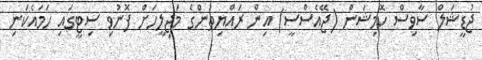
ޖުޑީޝަލް ސާވިސް ކޮމިޝަން (ޖޭއެސްސީ) އިން ރައްޔިތުންގެ މަޖިލީހަށް ފޮނުވި ސިޓީގައި ހަމައެކަނި